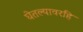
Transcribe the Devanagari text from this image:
घेतल्यावरहि